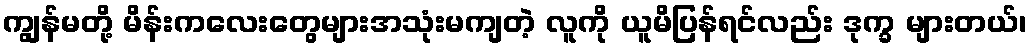
ကျွန်မတို့ မိန်းကလေးတွေများအသုံးမကျတဲ့ လူကို ယူမိပြန်ရင်လည်း ဒုက္ခ များတယ်၊